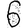
Digit: 6